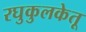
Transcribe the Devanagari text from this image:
रघुकुलकेतू